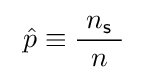
\ {\hat {p}}\equiv {\frac {\ n_{\mathsf {s}}\ }{n}}\